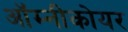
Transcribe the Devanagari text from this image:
ऑम्नीकोयर